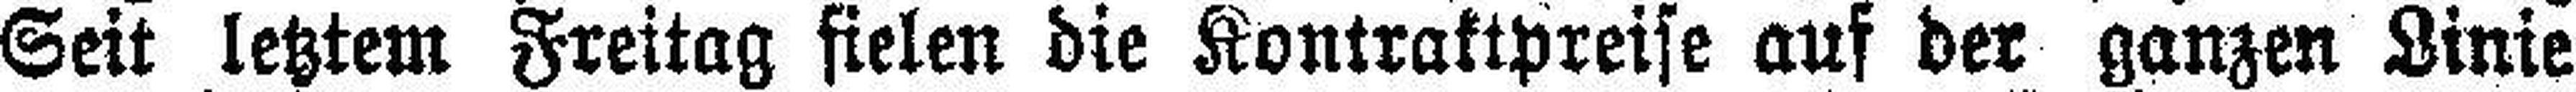
Seit letztem Freitag fielen die Kontraktpreise auf der ganzen Linie